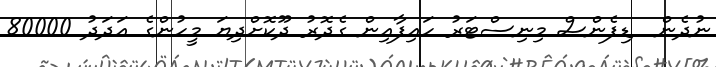
ނުދެން  ޑިފެންސް މިނިސްޓަރު ހައިފާއިން ގެދޮރު ދޫކޮށްދިޔަ މީހުންގެ އަދަދު 80000